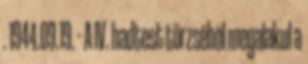
. 1944.09.19. - A IV. hadtest törzsébõl megalakul a